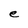
Character: e